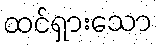
ထင်ရှားသော